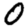
Digit: 0